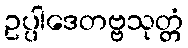
ဥပ္ပါဒေတဗ္ဗသုတ္တံ